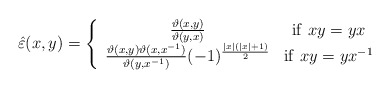
\begin{align*}\hat{\varepsilon }(x,y)=\left\{ \begin{array}{cc}\frac{\vartheta (x,y)}{\vartheta (y,x)} & \mathrm{if}\, \, xy=yx\\\frac{\vartheta (x,y)\vartheta (x,x^{-1})}{\vartheta (y,x^{-1})}(-1)^{\frac{\left| x\right| (\left| x\right| +1)}{2}} & \mathrm{if}\, \, xy=yx^{-1}\end{array}\right.\end{align*}